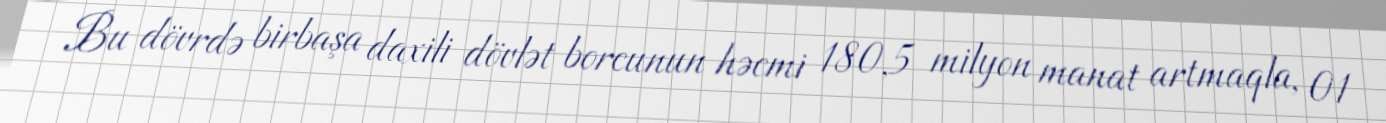
Bu dövrdə birbaşa daxili dövlət borcunun həcmi 180,5 milyon manat artmaqla, 01